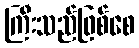
ကြီးသည်ဖြစ်စေ